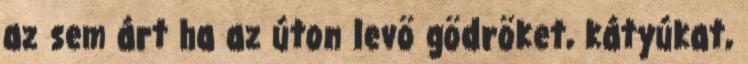
az sem árt ha az úton levö gödröket, kátyúkat,